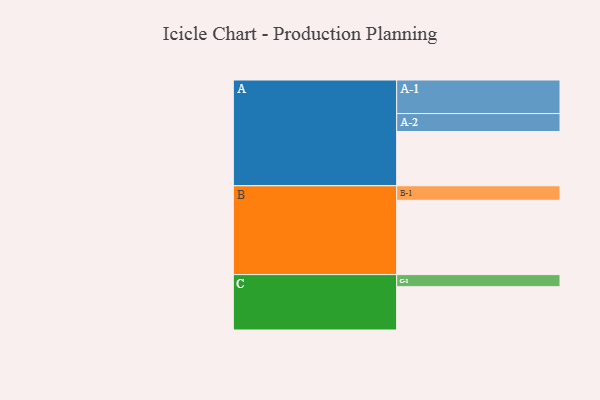
{"axis": {"x": "Segment", "y": "Value"}, "legend": ["", "A", "B", "C"], "data": [{"x": "A", "y": 430, "type": ""}, {"x": "B", "y": 589, "type": ""}, {"x": "C", "y": 343, "type": ""}, {"x": "A-1", "y": 266, "type": "A"}, {"x": "A-2", "y": 142, "type": "A"}, {"x": "B-1", "y": 115, "type": "B"}, {"x": "C-1", "y": 96, "type": "C"}]}